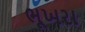
ભૂખરા